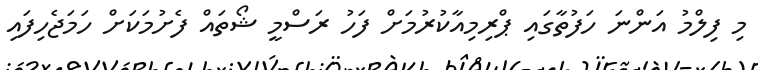
މި ފިލްމު އަންނަ ހަފުތާގައި ޕްރިމިއާކުރުމަށް ފަހު ރަސްމީ ޝޯތައް ފެށުމަކަށް ހަމަޖެހިފައި